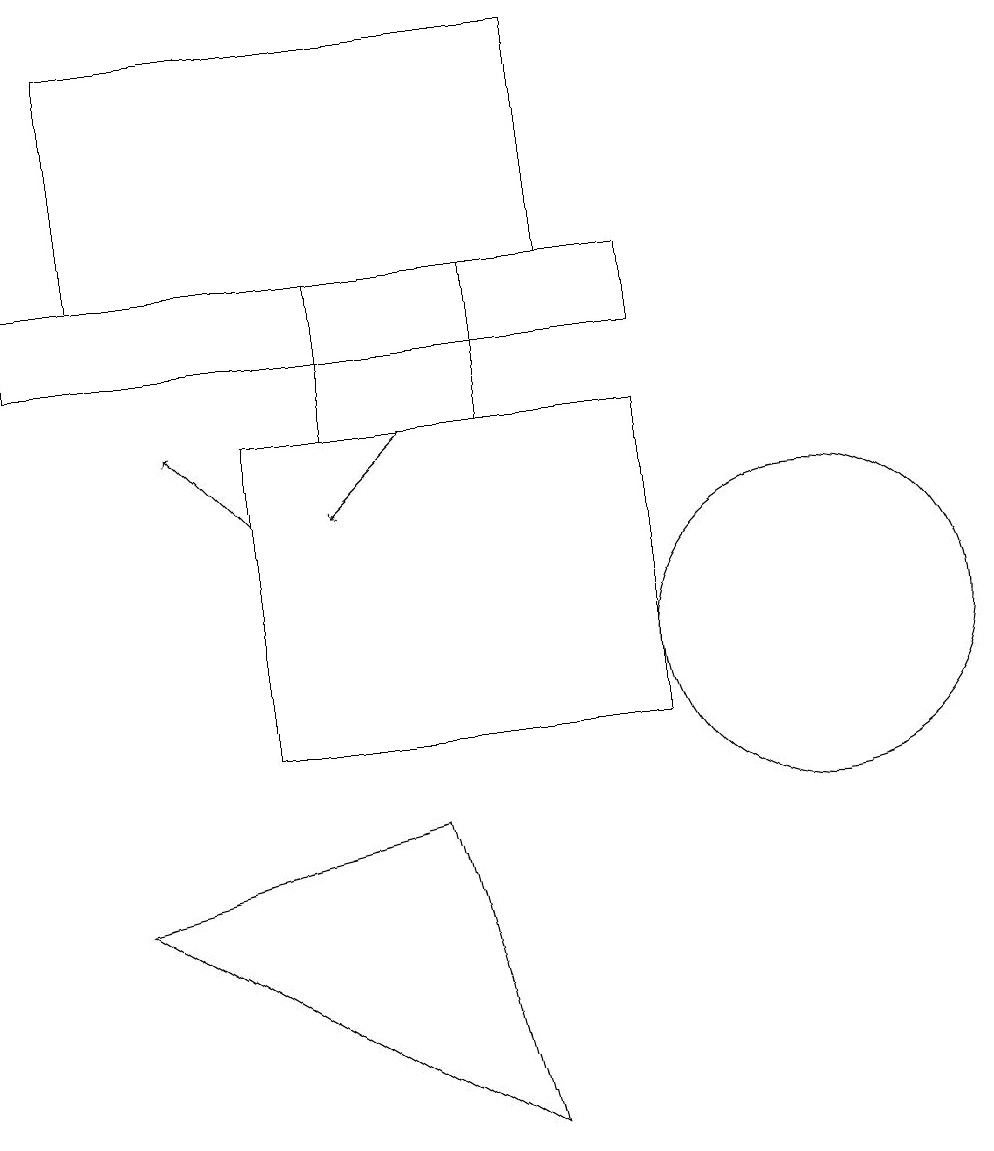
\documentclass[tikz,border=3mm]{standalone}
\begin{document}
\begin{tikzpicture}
\draw (1,8) -- (5,9) -- (6,5) -- cycle;
\draw (10,11) circle (2);
\draw (0,15) rectangle (8,16);
\draw[->] (3,13) -- (2,14);
\draw[->] (5,14) -- (4,13);
\draw (3,10) rectangle (8,14);
\draw (7,16) rectangle (1,19);
\draw (4,16) rectangle (6,14);
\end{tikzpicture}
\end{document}